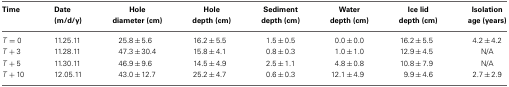
<table><thead><tr><td><b>Time</b></td><td><b>Date (m/d/y)</b></td><td><b>Hole diameter (cm)</b></td><td><b>Hole depth (cm)</b></td><td><b>Sediment depth (cm)</b></td><td><b>Water depth (cm)</b></td><td><b>Ice lid depth (cm)</b></td><td><b>Isolation age (years)</b></td></tr></thead><tbody><tr><td><i>T</i> = 0</td><td>11.25.11</td><td>25.8±5.6</td><td>16.2±5.5</td><td>1.5±0.5</td><td>0.0±0.0</td><td>16.2±5.5</td><td>4.2±4.2</td></tr><tr><td><i>T</i> + 3</td><td>11.28.11</td><td>47.3±30.4</td><td>15.8±4.1</td><td>0.8±0.3</td><td>1.0±1.0</td><td>12.9±4.5</td><td>N/A</td></tr><tr><td><i>T</i> + 5</td><td>11.30.11</td><td>46.9±9.6</td><td>14.5±4.9</td><td>2.5±1.1</td><td>4.8±0.8</td><td>10.8±7.9</td><td>N/A</td></tr><tr><td><i>T</i> + 10</td><td>12.05.11</td><td>43.0±12.7</td><td>25.2±4.7</td><td>0.6±0.3</td><td>12.1±4.9</td><td>9.9±4.6</td><td>2.7±2.9</td></tr></tbody></table>